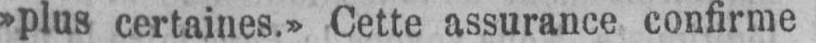
»plus certaines.» Cette assurance confirme